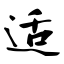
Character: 适